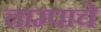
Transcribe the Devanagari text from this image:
चाम्पाचे